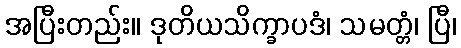
အပြီးတည်း။ ဒုတိယသိက္ခာပဒံ၊ သမတ္တံ၊ ပြီ၊